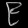
Digit: ၉